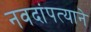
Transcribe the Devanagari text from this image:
नवदांपत्याने